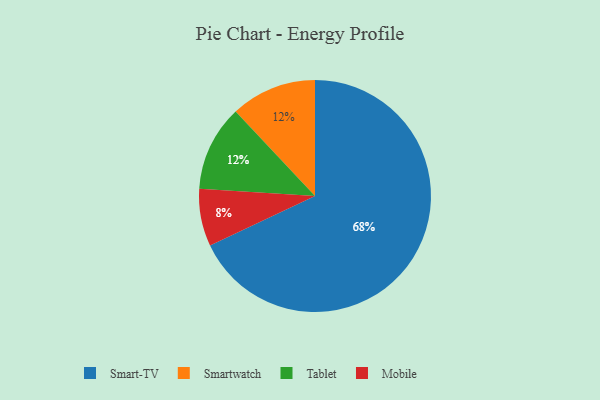
{"axis": {"x": "Category", "y": "Percentage"}, "legend": ["Mobile", "Smart-TV", "Smartwatch", "Tablet"], "data": [{"x": "Smartwatch", "y": 12, "type": "Smartwatch"}, {"x": "Mobile", "y": 8, "type": "Mobile"}, {"x": "Smart-TV", "y": 68, "type": "Smart-TV"}, {"x": "Tablet", "y": 12, "type": "Tablet"}]}